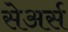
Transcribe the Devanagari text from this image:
सेअर्स